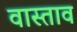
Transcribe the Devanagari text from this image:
वास्ताव